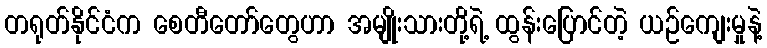
တရုတ်နိုင်ငံက စေတီတော်တွေဟာ အမျိုးသားတို့ရဲ့ ထွန်းပြောင်တဲ့ ယဉ်ကျေးမှုနဲ့